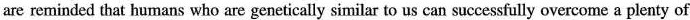
are reminded that humans who are genetically similar to us can successfully overcome a plenty of